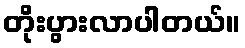
တိုးပွားလာပါတယ်။